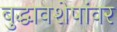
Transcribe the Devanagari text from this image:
बुद्धावशेषांवर